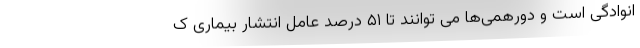
انوادگی است و دورهمی‌ها می توانند تا ۵۱ درصد عامل انتشار بیماری ک